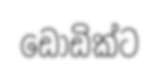
ඩොඩික්ට